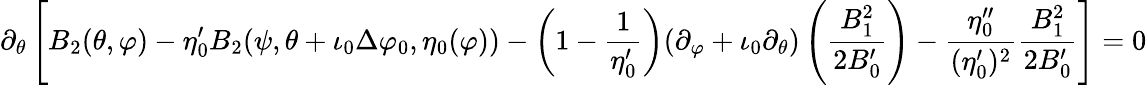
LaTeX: \partial_{\theta}\left[B_{2}(\theta,\varphi)-\eta_{0}^{\prime}B_{2}(\psi,\theta+\iota_{0}\Delta\varphi_{0},\eta_{0}(\varphi))-\left(1-\frac{1}{\eta_{0}^{\prime}}\right)(\partial_{\varphi}+\iota_{0}\partial_{\theta})\left(\frac{B_{1}^{2}}{2B_{0}^{\prime}}\right)-\frac{\eta_{0}^{\prime\prime}}{(\eta_{0}^{\prime})^{2}}\frac{B_{1}^{2}}{2B_{0}^{\prime}}\right]=0